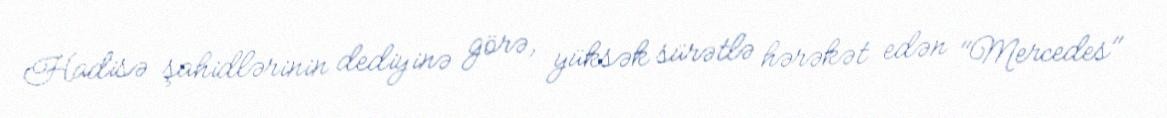
Hadisə şahidlərinin dediyinə görə, yüksək sürətlə hərəkət edən "Mercedes"